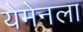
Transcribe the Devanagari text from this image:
येमेनला